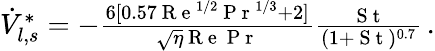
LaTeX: \begin{array}{r}{\dot{V}_{l,s}^{*}=-\frac{6[0.57\mathrm{~R~e~}^{{1}/{2}}\mathrm{~P~r~}^{{1}/{3}}+2]}{\sqrt{\eta}\mathrm{~R~e~}\mathrm{~P~r~}}\frac{\mathrm{~S~t~}}{(1+\mathrm{~S~t~})^{0.7}}\, .}\end{array}